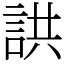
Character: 鿁